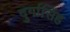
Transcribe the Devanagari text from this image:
दुर्गासिंह